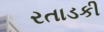
રતાડકી